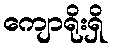
ကျောရိုးရှိ